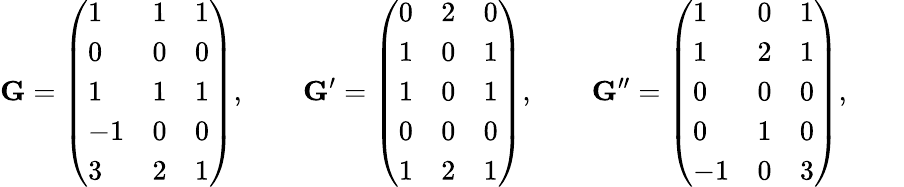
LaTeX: \mathbf G=\left(\begin{array}{lll}{1}&{1}&{1}\\ {0}&{0}&{0}\\ {1}&{1}&{1}\\ {-1}&{0}&{0}\\ {3}&{2}&{1}\end{array}\right),\qquad\mathbf G^{\prime}=\left(\begin{array}{lll}{0}&{2}&{0}\\ {1}&{0}&{1}\\ {1}&{0}&{1}\\ {0}&{0}&{0}\\ {1}&{2}&{1}\end{array}\right),\qquad\mathbf G^{\prime\prime}=\left(\begin{array}{lll}{1}&{0}&{1}\\ {1}&{2}&{1}\\ {0}&{0}&{0}\\ {0}&{1}&{0}\\ {-1}&{0}&{3}\end{array}\right),\qquad